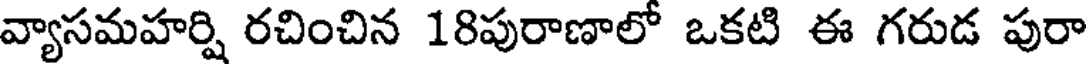
వ్యాసమహర్షి రచించిన 18పురాణాలో ఒకటి ఈ గరుడ పురా